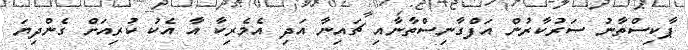
ޕާކިސްތާނު ސަރުކާރުން އަފްގާނިސްތާނާއި ޗައިނާ އަދި އެމެރިކާ އާ އެކު ކުރިއަށް ގެންދިޔަ